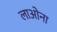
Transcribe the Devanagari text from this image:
लाओना